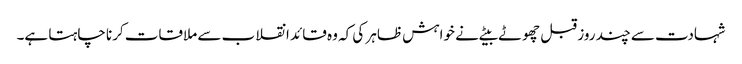
شہادت سے چند روز قبل چھوٹے بیٹے نے خواہش ظاہر کی کہ وہ قائد انقلاب سے ملاقات کرنا چاہتا ہے۔